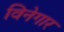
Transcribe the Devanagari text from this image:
विनेगार